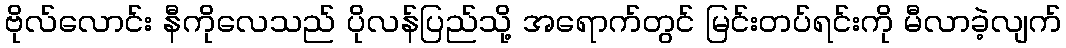
ဗိုလ်လောင်း နီကိုလေသည် ပိုလန်ပြည်သို့ အရောက်တွင် မြင်းတပ်ရင်းကို မီလာခဲ့လျက်